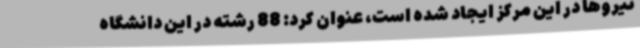
نیروها در این مرکز ایجاد شده است، عنوان کرد: 88 رشته در این دانشگاه